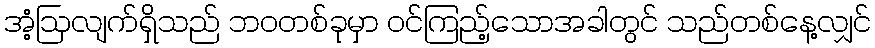
အံ့ဩလျက်ရှိသည် ဘဝတစ်ခုမှာ ဝင်ကြည့်သောအခါတွင် သည်တစ်နေ့လျှင်